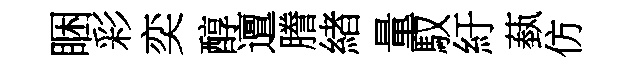
睏彩奕醇邅謄緖量馭紆蓺仿